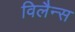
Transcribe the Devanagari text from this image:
विलैन्स